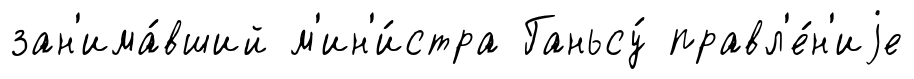
зан'има́вший м'ин'и́стра Ганьсу́ правл'е́н'иjе